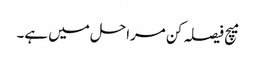
میچ فیصلہ کن مراحل میں ہے۔